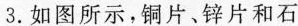
3.如图所示，铜片、锌片和石